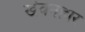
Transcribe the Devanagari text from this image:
खेवनहार